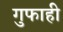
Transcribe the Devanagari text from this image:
गुफाही